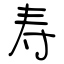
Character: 寿